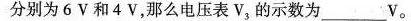
分别为6V和4V，那么电压表V_{3|的示数为___V。